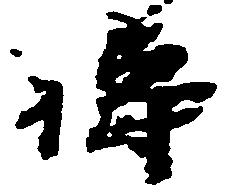
祷